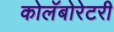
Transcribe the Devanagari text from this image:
कोलॅबोरेटरी